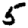
Digit: 5